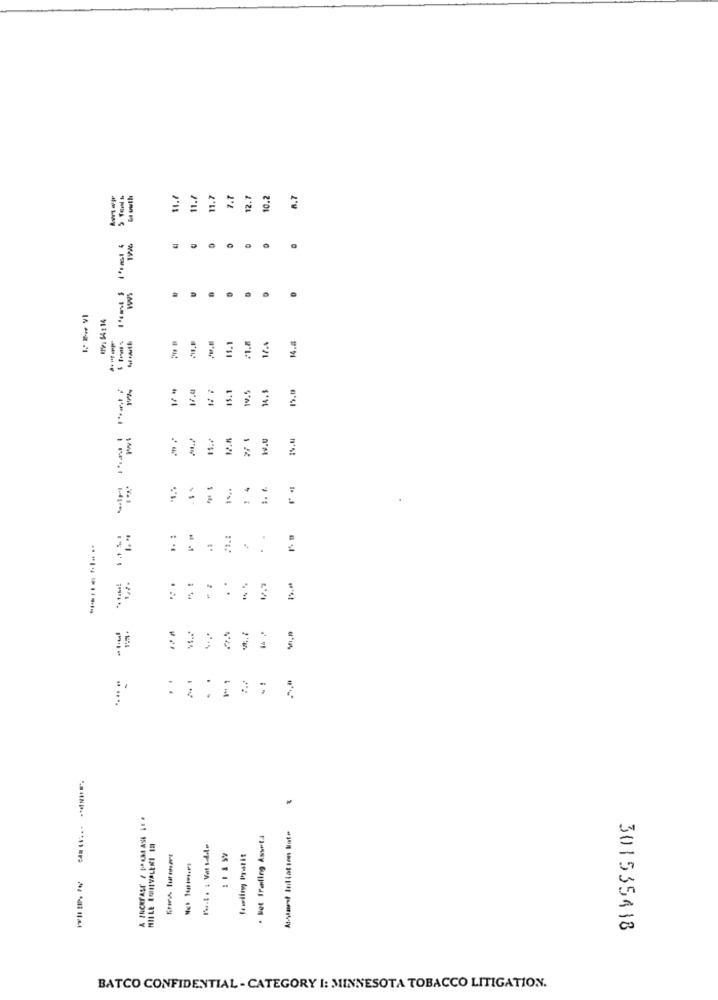
La wuth
11.7
11.7
7.7
12.7
10.2
8.7
19%6
. .
..
119: 54:14
15.1
1.8
14.8
15.1
14.5
1.0
19.5
27 1
€
1.1
4
1. 1.
15.
.. :
. .
13
:
-
. .
:
· Het frøling Asseta
MILLE EONIVALERI ED
Howling Profit
301535418
BATCO CONFIDENTIAL - CATEGORY I: MINNESOTA TOBACCO LITIGATION.